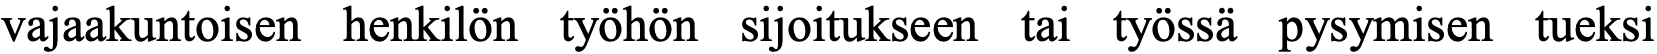
vajaakuntoisen henkilön työhön sijoitukseen tai työssä pysymisen tueksi